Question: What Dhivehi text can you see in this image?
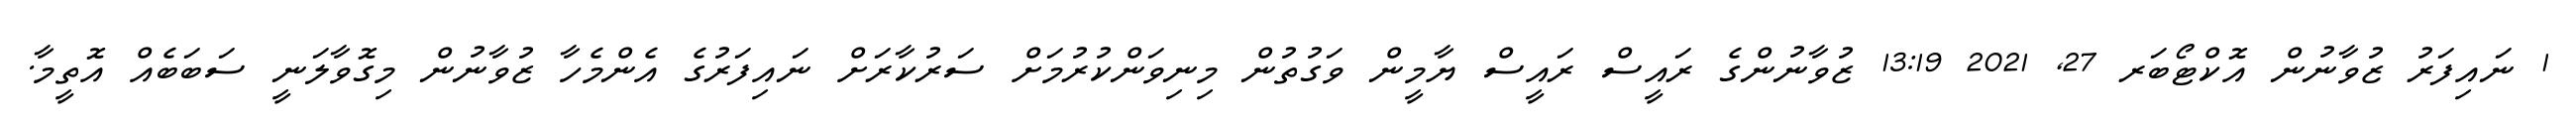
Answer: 1 ނައިފަރު ޒުވާނުން އޮކްޓޯބަރ 27, 2021 13:19 ޒުވާނުންގެ ރައީސް ރައީސް ޔާމީން ވަގުތުން މިނިވަންކުރުމަށް ސަރުކާރަށް ނައިފަރުގެ އެންމެހާ ޒުވާނުން މިގޮވާލަނީ ސަބަބެއް އޮތީމާ.